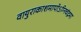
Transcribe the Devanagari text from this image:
वायुराकाशमापोऽग्‍निचंद्रमा